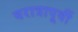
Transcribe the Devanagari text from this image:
वरात्रापूर्वी